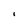
Character: 1